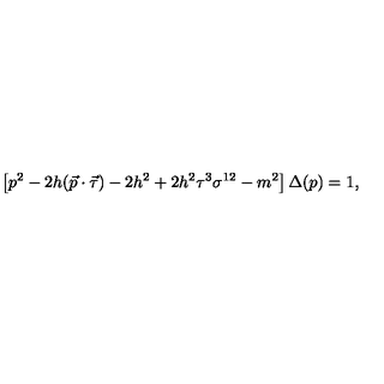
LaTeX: \left[ p ^ { 2 } - 2 h ( \vec { p } \cdot \vec { \tau } ) - 2 h ^ { 2 } + 2 h ^ { 2 } \tau ^ { 3 } \sigma ^ { 1 2 } - m ^ { 2 } \right] \Delta ( p ) = 1 ,